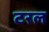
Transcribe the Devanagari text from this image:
टरल